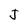
Character: J